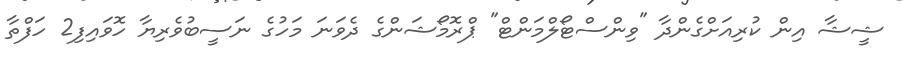
ޝީޝާ އިން ކުރިއަށްގެންދާ "ވިންސްޓޯލްމަންޓް" ޕްރޮމޯޝަންގެ ދެވަނަ މަހުގެ ނަސީބުވެރިޔާ ހޮވަައިފި2 ހަފްތާ